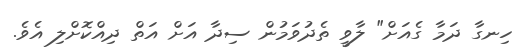
ހިނގާ ދަމާ ގެއަށް" ލާވީ ތެދުވަމުން ސިދާ އަށް އަތް ދިއްކޮށްލި އެވެ.